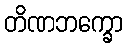
တိဏဘက္ခော